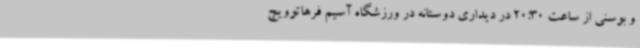
و بوسنی از ساعت 20:30 در دیداری دوستانه در ورزشگاه آسیم فرهاتوویچ